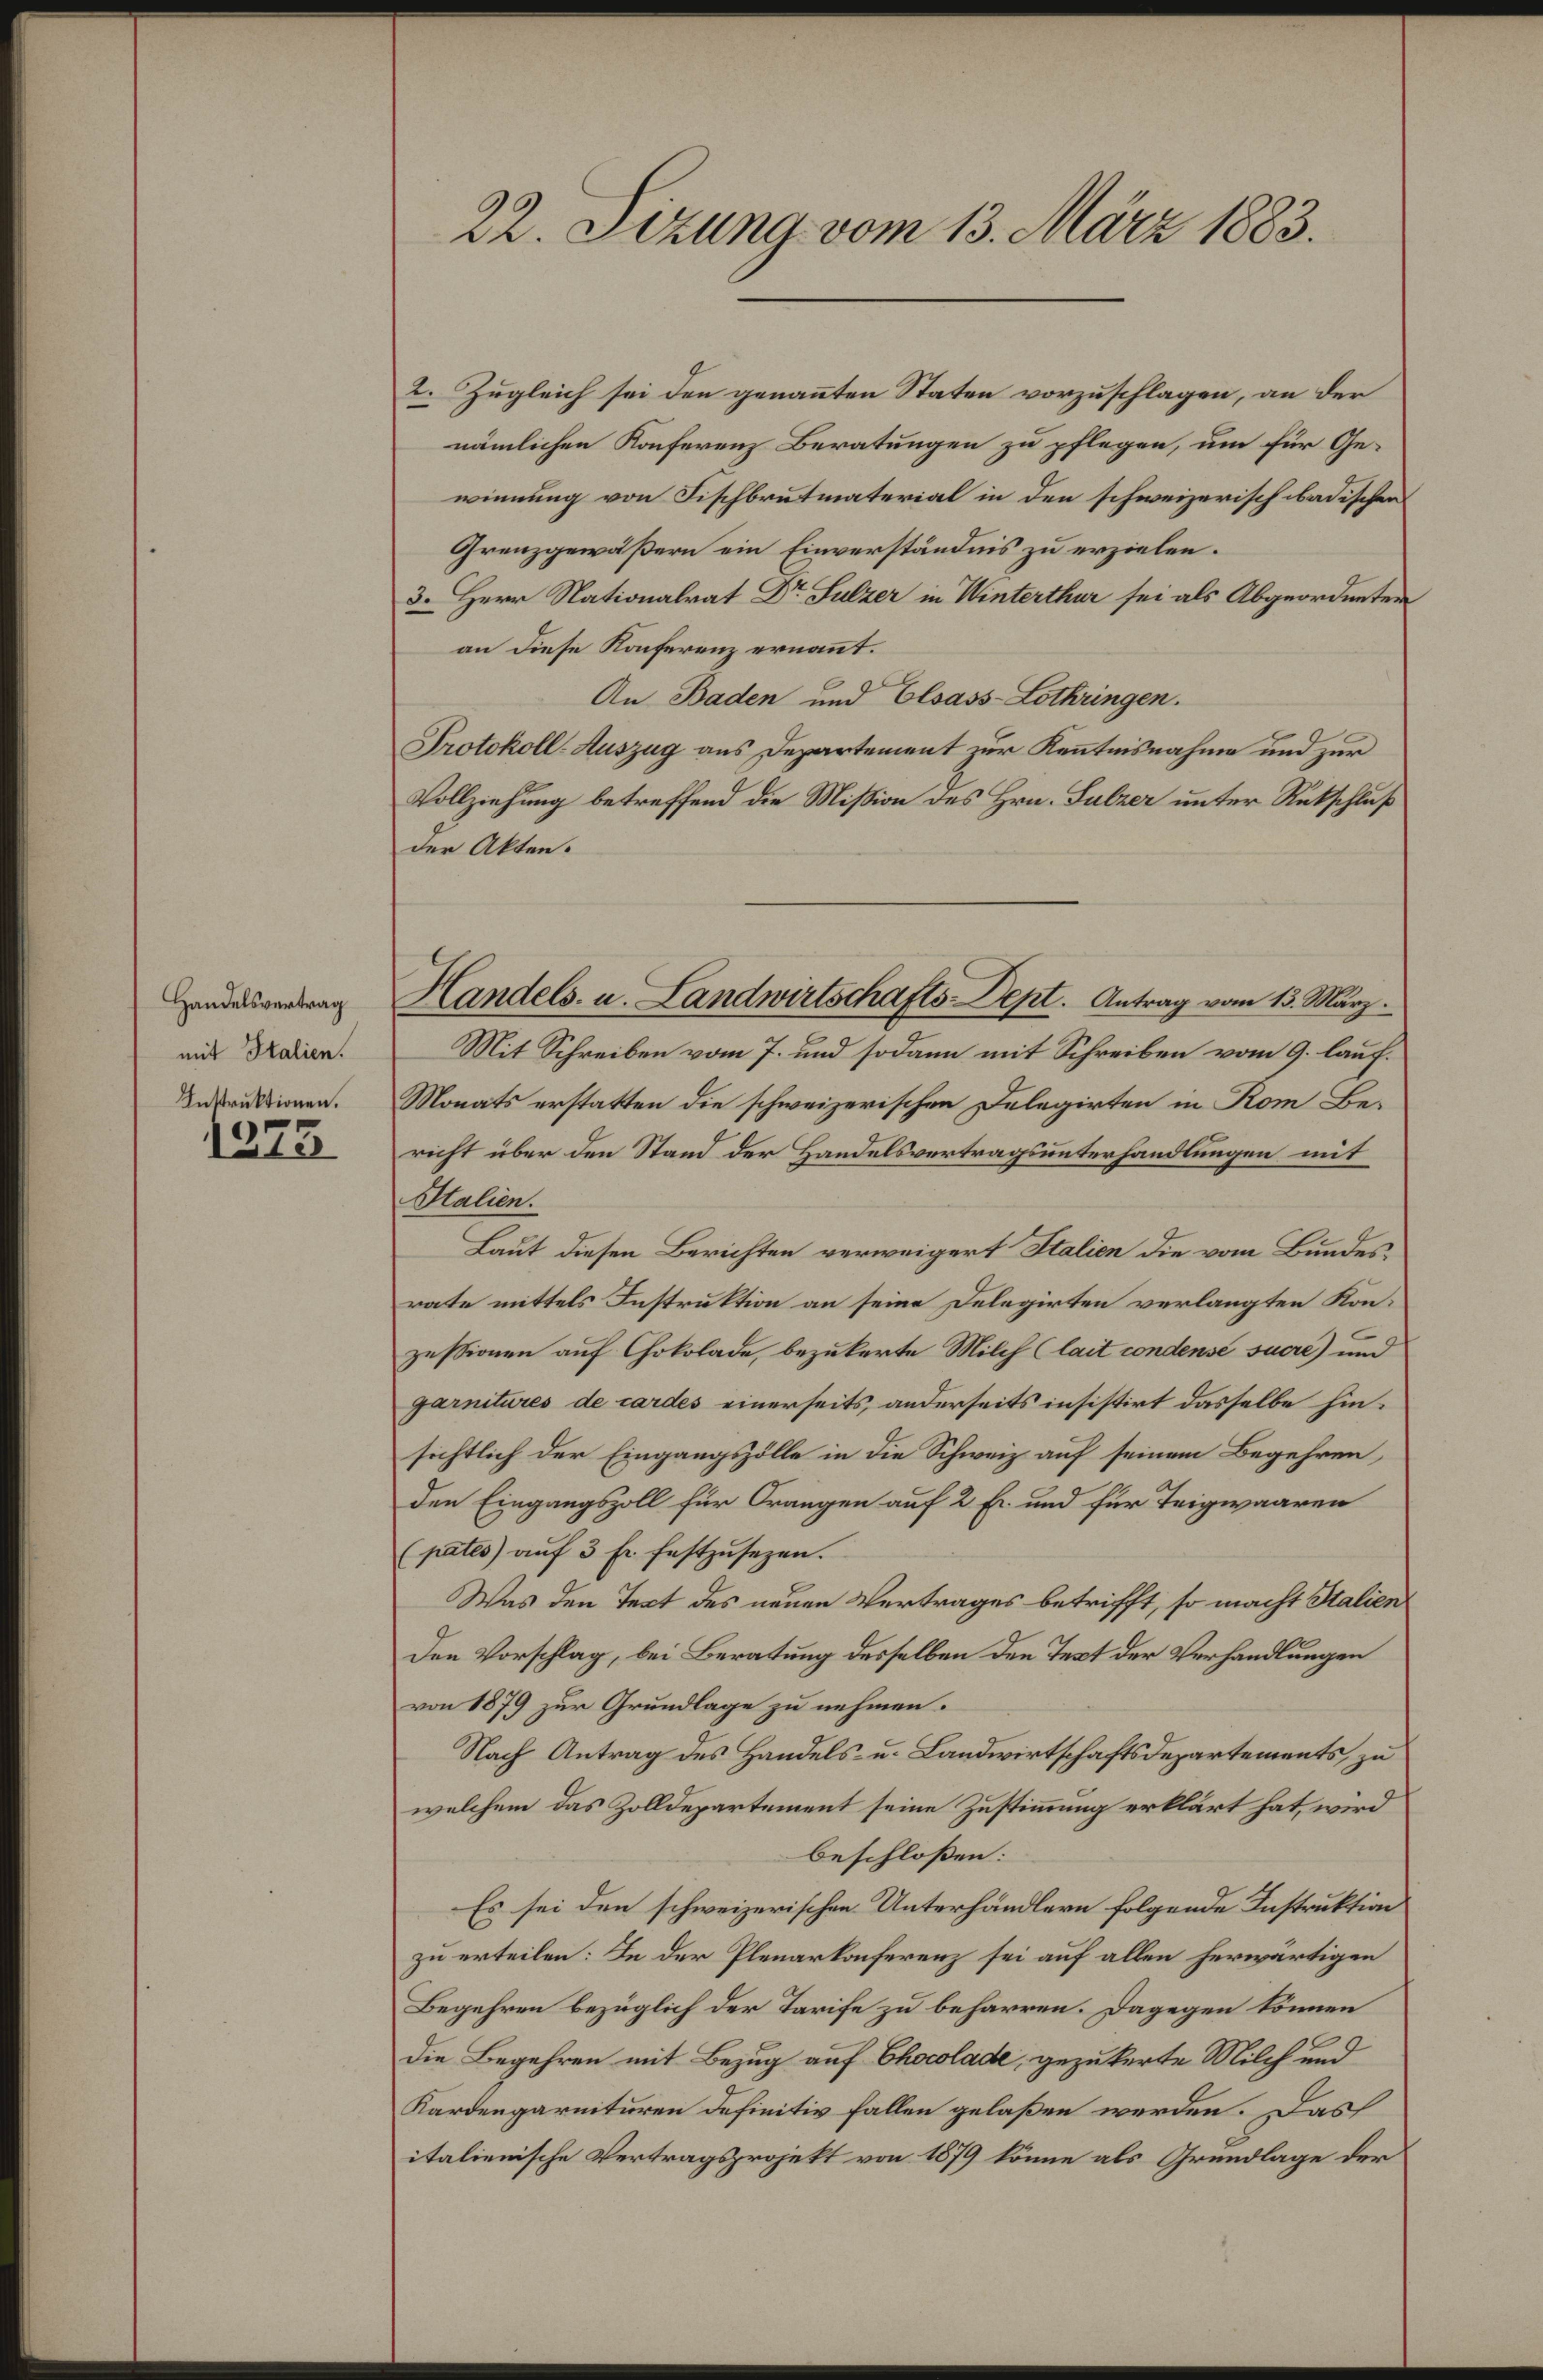
Handelsvertrag
mit Italien.
Instruktionen.

1273

22. Sizung vom 13. März 1883.

nämlichen Konferenz Beratungen zu pflegen, um für Ge-
winnung von Fischbrutmaterial in den schweizerisch badischen
Grenzgewäßern ein Einverständnis zu erzielen.
3. Herr Nationalrat Dr Sulzer in Winterthur sei als Abgeordneten
an diese Konferenz ernannt.
An Baden und Elsass-Lothringen.
Protokoll-Auszug aus Departement zur Kenntnisnahme und zur
Vollziehung betreffend die Mißion des Hrn. Sulzer unter Rückschluß
der Akten.
Mit Schreiben vom 7. und sodann mit Schreiben vom 9. lauf¬
Monats erstatten die schweizerischen Delegirten in Rom Bericht über den Stand der Handelsvertragsunterhandlungen mit
Halien.
Laut diesen Berichten verweigert Italien die vom Bundesrate mittels Instruktion an seine Delegirten verlangten Konzessionen auf Chokolade, bezukerte Milch (lait condense suere) und
garnitures de cardes einerseits, anderseits insistirt dasselbe hinsichtlich der Eingangszölle in die Schweiz auf seinem Begehren
den Eingangszoll für Orangen auf 2 Fr. und für Teigwaaren
(pates aŭf 3 Fr. festzusetzen.
Was den Text des neuen Vertrages betrifft, so macht Salien
Den Vorschlag, bei Beratung desselben den Text der Verhandlungen
von 1879 zur Grundlage zu nehmen.
Nach Antrag des Handels- u. Landwirtschaftsdepartements, zu
welchem das Zolldepartement seine Zustimmung erklärt hat, wird
beschloßen:
Es sei den schweizerischen Unterhändlern folgende Instruktion
zu erteilen: In der Plenarkonferenz sei auf allen herwärtigen
Begehren bezüglich der Tarife zu beharren. Dagegen können
Die Begehren mit Bezug auf Chocolade, gezuckerte Milch und
Kardengarnituren definitiv fallen gelaßen werden. Das
italienische Vertragsprojekt von 1879 könne als Grundlage der

2. Zugleich sei den genannten Staten vorzuschlagen, an der

Handels- u. Landwirtschafts-Dept. Antrag vom 13. März.